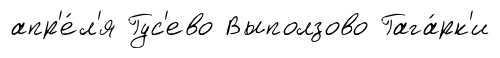
апр'е́л'я Гус'ево Выползово Гага́рк'и